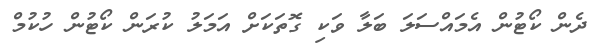
ދެން ކޯޓުން އެމައްސަލަ ބަލާ ވަކި ގޮތަކަށް އަމަލު ކުރަން ކޯޓުން ހުކުމް